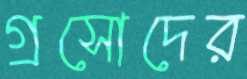
গ্রসোদের